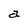
Character: a